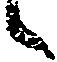
々